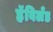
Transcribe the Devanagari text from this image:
हॅविलँड